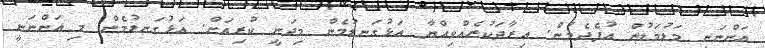
އަންނަނީ މަޑުމަޑުން އުފެދެމުން. އިރާދަކުރެއްވިއްޔާ އަޅުގަނޑުމެން މިދަނީ ކުރިއަށް. އަޅުގަނޑުމެން މި އަންނަނީ